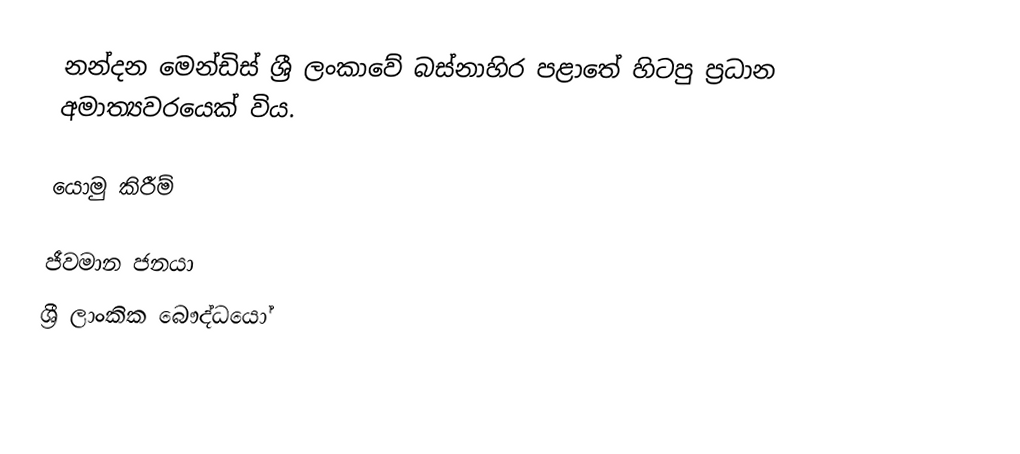
නන්දන මෙන්ඩිස් ශ්‍රී ලංකාවේ බස්නාහිර පළාතේ හිටපු ප්‍රධාන අමාත්‍යවරයෙක් විය.

යොමු කිරීම්

ජීවමාන ජනයා
ශ්‍රී ලාංකික බෞද්ධයෝ